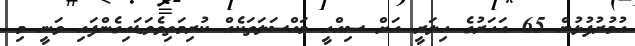
އުމުރުފުޅުން 65 އަހަރުގެ ހިލަރީ އަށް ސިއްހީ މައްސަލަތަކެއް ކުރިމަތިވެވަޑައިގެންފައި ވަނީ މި